Annual report on the health of the army in India
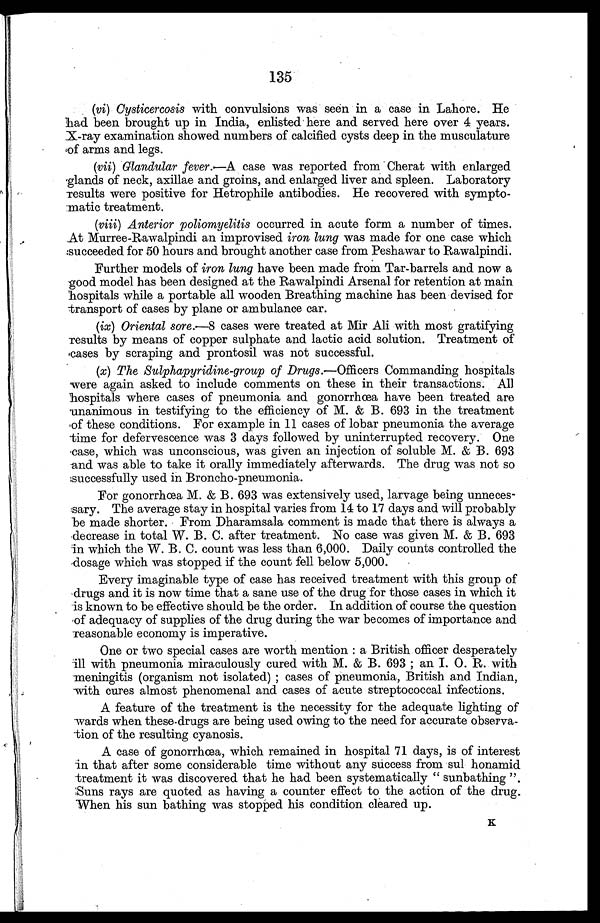
135
(vi) Cysticercosis with convulsions was seen in a case in Lahore. He
had been brought up in India, enlisted here and served here over 4 years.
X-ray examination showed numbers of calcified cysts deep in the musculature
of arms and legs.
(vii) Glandular fever.—A case was reported from Cherat with enlarged
glands of neck, axillae and groins, and enlarged liver and spleen. Laboratory
results were positive for Hetrophile antibodies. He recovered with sympto
-matic treatment.
(viii) Anterior poliomyelitis occurred in acute form a number of times.
At Murree-Rawalpindi an improvised iron lung was made for one case which
succeeded for 50 hours and brought another case from Peshawar to Rawalpindi.
Further models of iron lung have been made from Tar-barrels and now a
good model has been designed at the Rawalpindi Arsenal for retention at main
hospitals while a portable all wooden Breathing machine has been devised for
transport of cases by plane or ambulance car.
(ix) Oriental sore.—8 cases were treated at Mir Ali with most gratifying
results by means of copper sulphate and lactic acid solution. Treatment of
cases by scraping and prontosil was not successful.
(x) The Sulphapyridine-group of Drugs .—Officers Commanding hospitals
were again asked to include comments on these in their transactions. All
hospitals where cases of pneumonia and gonorrhœa have been treated are
unanimous in testifying to the efficiency of M. & B. 693 in the treatment
of these conditions. For example in 11 cases of lobar pneumonia the average
time for defervescence was 3 days followed by uninterrupted recovery. One
case, which was unconscious, was given an injection of soluble M. & B. 693
and was able to take it orally immediately afterwards. The drug was not so
successfully used in Broncho-pneumonia.
For gonorrhœa M. & B. 693 was extensively used, larvage being unneces
-sary. The average stay in hospital varies from 14 to 17 days and will probably
be made shorter. From Dharamsala comment is made that there is always a
decrease in total W. B. C. after treatment. No case was given M. & B. 693
in which the W. B. C. count was less than 6,000. Daily counts controlled the
dosage which was stopped if the count fell below 5,000.
Every imaginable type of case has received treatment with this group of
drugs and it is now time that a sane use of the drug for those cases in which it
is known to be effective should be the order. In addition of course the question
of adequacy of supplies of the drug during the war becomes of importance and
reasonable economy is imperative.
One or two special cases are worth mention: a British officer desperately
ill with pneumonia miraculously cured with M. & B. 693; an I. 0. R. with
meningitis (organism not isolated); cases of pneumonia, British and Indian,
with cures almost phenomenal and cases of acute streptococcal infections.
A feature of the treatment is the necessity for the adequate lighting of
wards when these drugs are being used owing to the need for accurate observa
-tion of the resulting cyanosis.
A case of gonorrhœa, which remained in hospital 71 days, is of interest
in that after some considerable time without any success from sul honamid
treatment it was discovered that he had been systematically "sunbathing".
Suns rays are quoted as having a counter effect to the action of the drug.
When his sun bathing was stopped his condition cleared up.